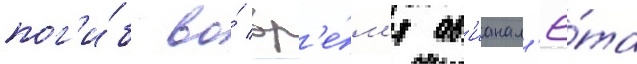
пог'и́б во́ вр'е́м'я ав'ианал'ё́та